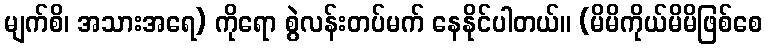
မျက်စိ၊ အသားအရေ) ကိုရော စွဲလန်းတပ်မက် နေနိုင်ပါတယ်။ (မိမိကိုယ်မိမိဖြစ်စေ